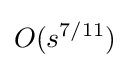
O(s^{7/11})